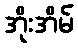
အိုးအိမ်